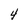
Character: 4